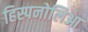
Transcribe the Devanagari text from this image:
हिस्पनोलिआ